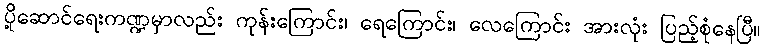
ပို့ဆောင်ရေးကဏ္ဍမှာလည်း ကုန်းကြောင်း၊ ရေကြောင်း၊ လေကြောင်း အားလုံး ပြည့်စုံနေပြီ။